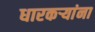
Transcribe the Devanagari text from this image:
धारकर्‍यांना